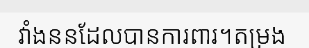
វាំងននដែលបានការពារ។តម្រង